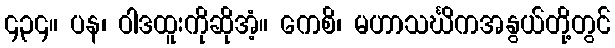
၄၃၄။ ပန၊ ဝါဒထူးကိုဆိုအံ့။ ကေစိ၊ မဟာသင်္ဃိကအနွယ်တို့တွင်